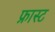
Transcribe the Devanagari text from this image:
फ्रास्ट